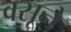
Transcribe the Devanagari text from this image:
वसूने